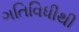
ગતિવિધીથી